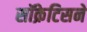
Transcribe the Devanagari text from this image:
सॉक्रेटिसने